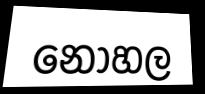
නොහල